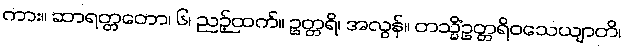
ကား။ ဆာရတ္တတော၊ ၆၊ ညဉ့်ထက်။ ဥတ္တရိ၊ အလွန်။ တသ္မိံဥတ္တရိဝသေယျာတိ၊